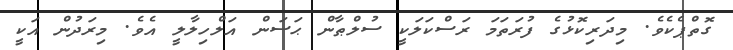
ގޮތްޕެކެވެ. މިދަރިކޮޅުގެ ފުރަތަމަ ރަސްކަލަކީ ސުލްޠާން ޙަސަން އަލްހިލާލީ އެވެ. މިރަދުން އަކީ